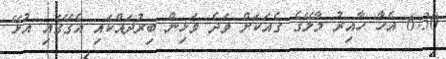
6:30 އެހާ ހާއިރު މާލޭގެ ގެއަކަށް ވަދެ ވަޅިން ބިރުދައްކައި އެގޭގައި އުޅޭ